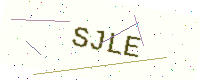
Text: SJLE